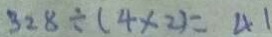
3 2 8 \div ( 4 \times 2 ) = 4 1